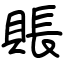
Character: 賬